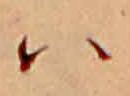
ハ